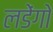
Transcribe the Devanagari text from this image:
लडेंगो